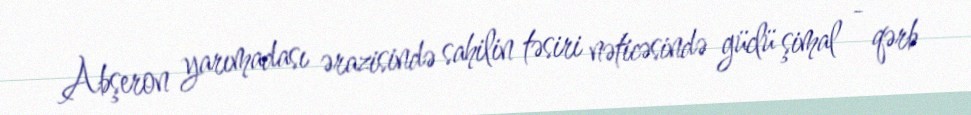
Abşeron yarımadası ərazisində sahilin təsiri nəticəsində güclü şimal - qərb